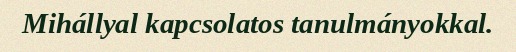
Mihállyal kapcsolatos tanulmányokkal.